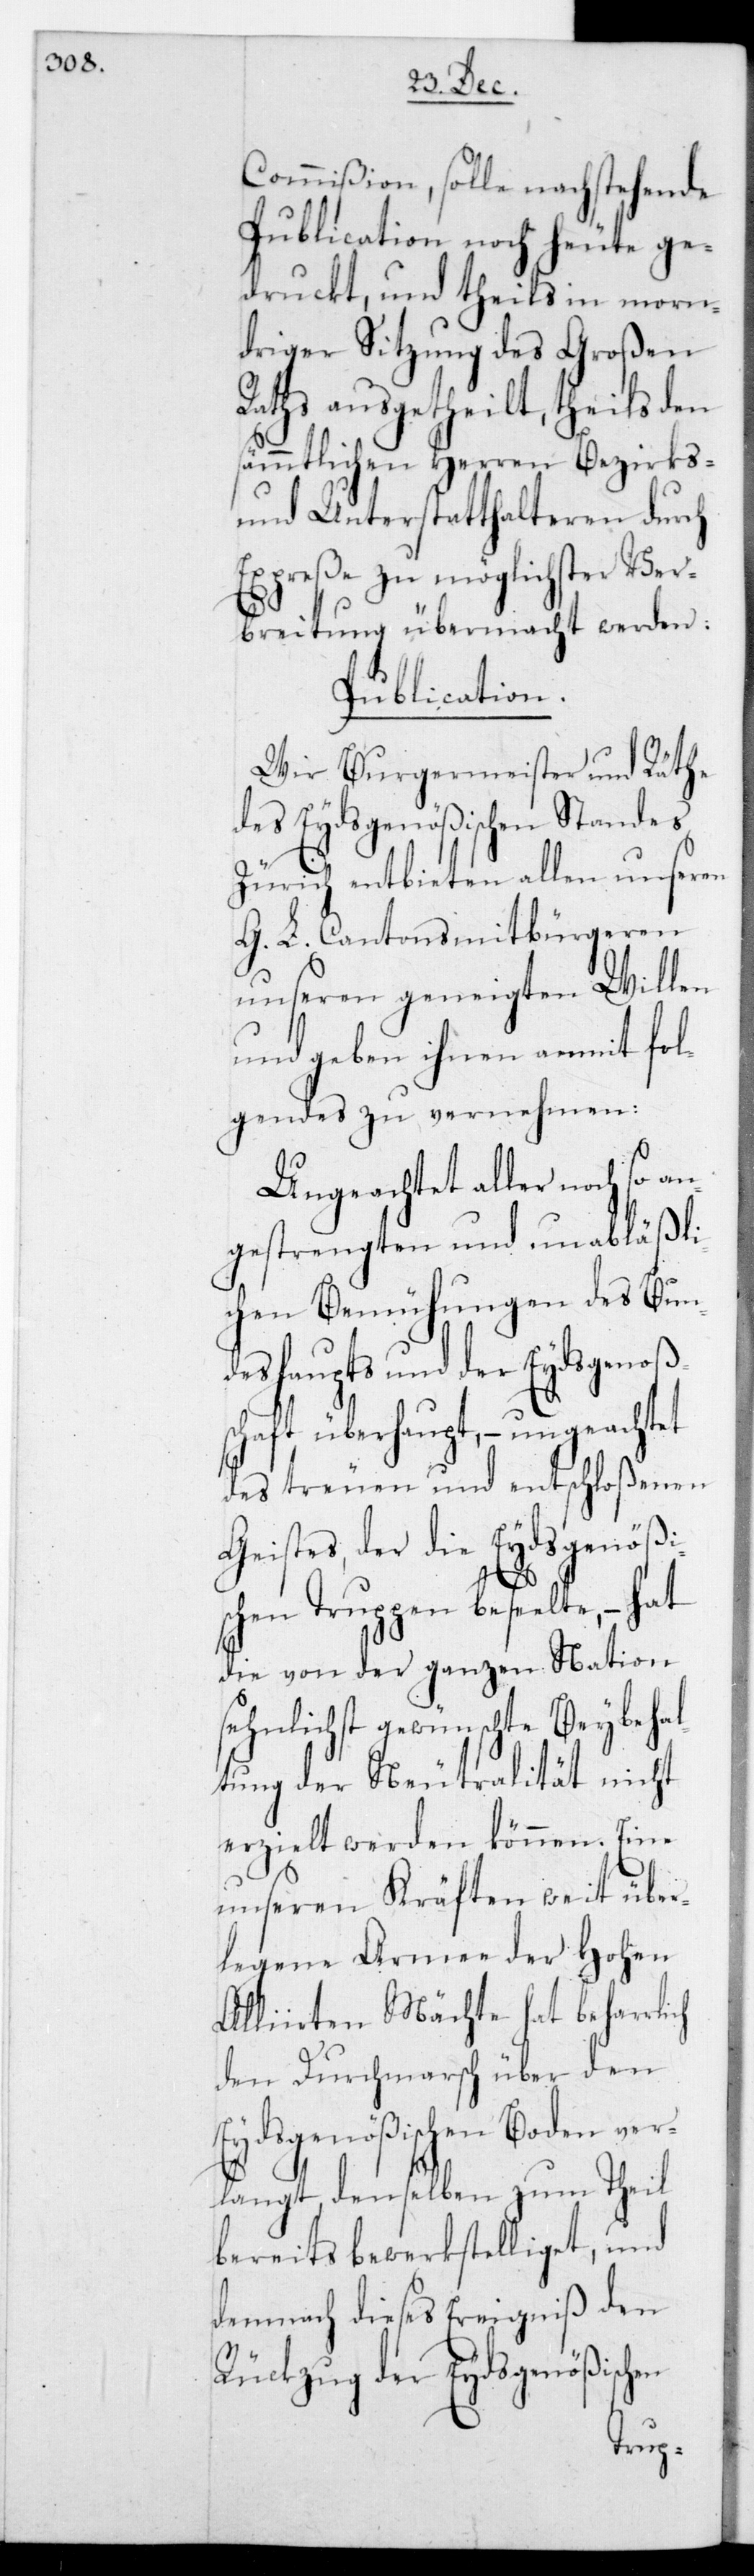
Commißion, solle nachstehende
Publication noch heute ge¬
druckt und theils in morn¬
driger Sitzung des Großen
Raths ausgetheilt, theils den
sämmtlichen Herren Bezirks-
und Unterstatthalteren durch
Expreße zu möglichster Ver¬
breitung übermacht werden.
Publication.
Wir Burgermeister und Räthe
des Eydsgenößischen Standes
Zürich entbieten allen unseren
G. L. Cantonsmitbürgeren
unseren geneigten Willen
Fol¬
und geben ihnen
gendes zu verneh¬
Ungeachtet aller noch so
läßli¬
gestrengten und
s Bun¬
chen Bemühung¬
deshaupts und der Eydsgenoß¬
chtet
chaft überhaupt, – u¬
enen
des treuen und entschloß¬
Geistes, der die Eyds¬
seelte, – hat
die von der ganzen Nation
sehnlichst gewünschte Beybeha¬
ltung der Neutralität nicht
erzielt werden können. Eine
unseren Kräften weit über¬
legene Armee der Hohen
Alliirten Mächte hat beharrlich
den Durchmarsch über den
Eydsgenößischen Boden ver¬
langt, denselben zum Theil
bereits bewerkstelliget, und
demnach dieses Ereigniß den
Rückzug der Eydsgenößischen
ens¬